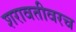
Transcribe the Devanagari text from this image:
शरावतीवरच